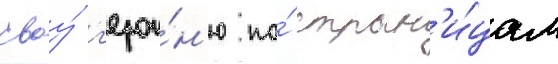
своу́ г'ерои́н'ю по́ стран'и́цам